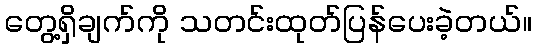
တွေ့ရှိချက်ကို သတင်းထုတ်ပြန်ပေးခဲ့တယ်။